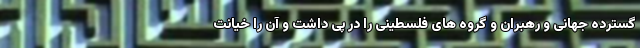
گسترده جهانی و رهبران و گروه های فلسطینی را در پی داشت و آن را خیانت